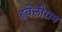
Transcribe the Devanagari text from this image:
हवेलीराम